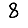
Digit: 8